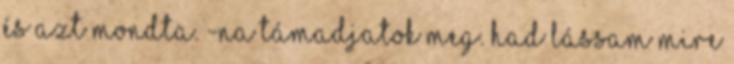
és azt mondta. -Na támadjatok meg. Had lássam mire